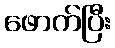
ဖောက်ပြီး